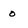
Character: 0